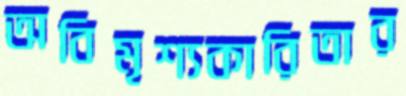
অবিমৃশ্যকারিতার